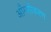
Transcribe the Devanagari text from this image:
आँग्लीकरण